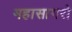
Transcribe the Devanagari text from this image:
महासागरो